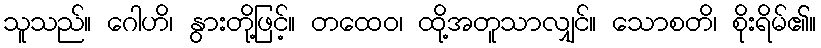
သူသည်။ ဂေါဟိ၊ နွားတို့ဖြင့်။ တထေဝ၊ ထို့အတူသာလျှင်။ သောစတိ၊ စိုးရိမ်၏။